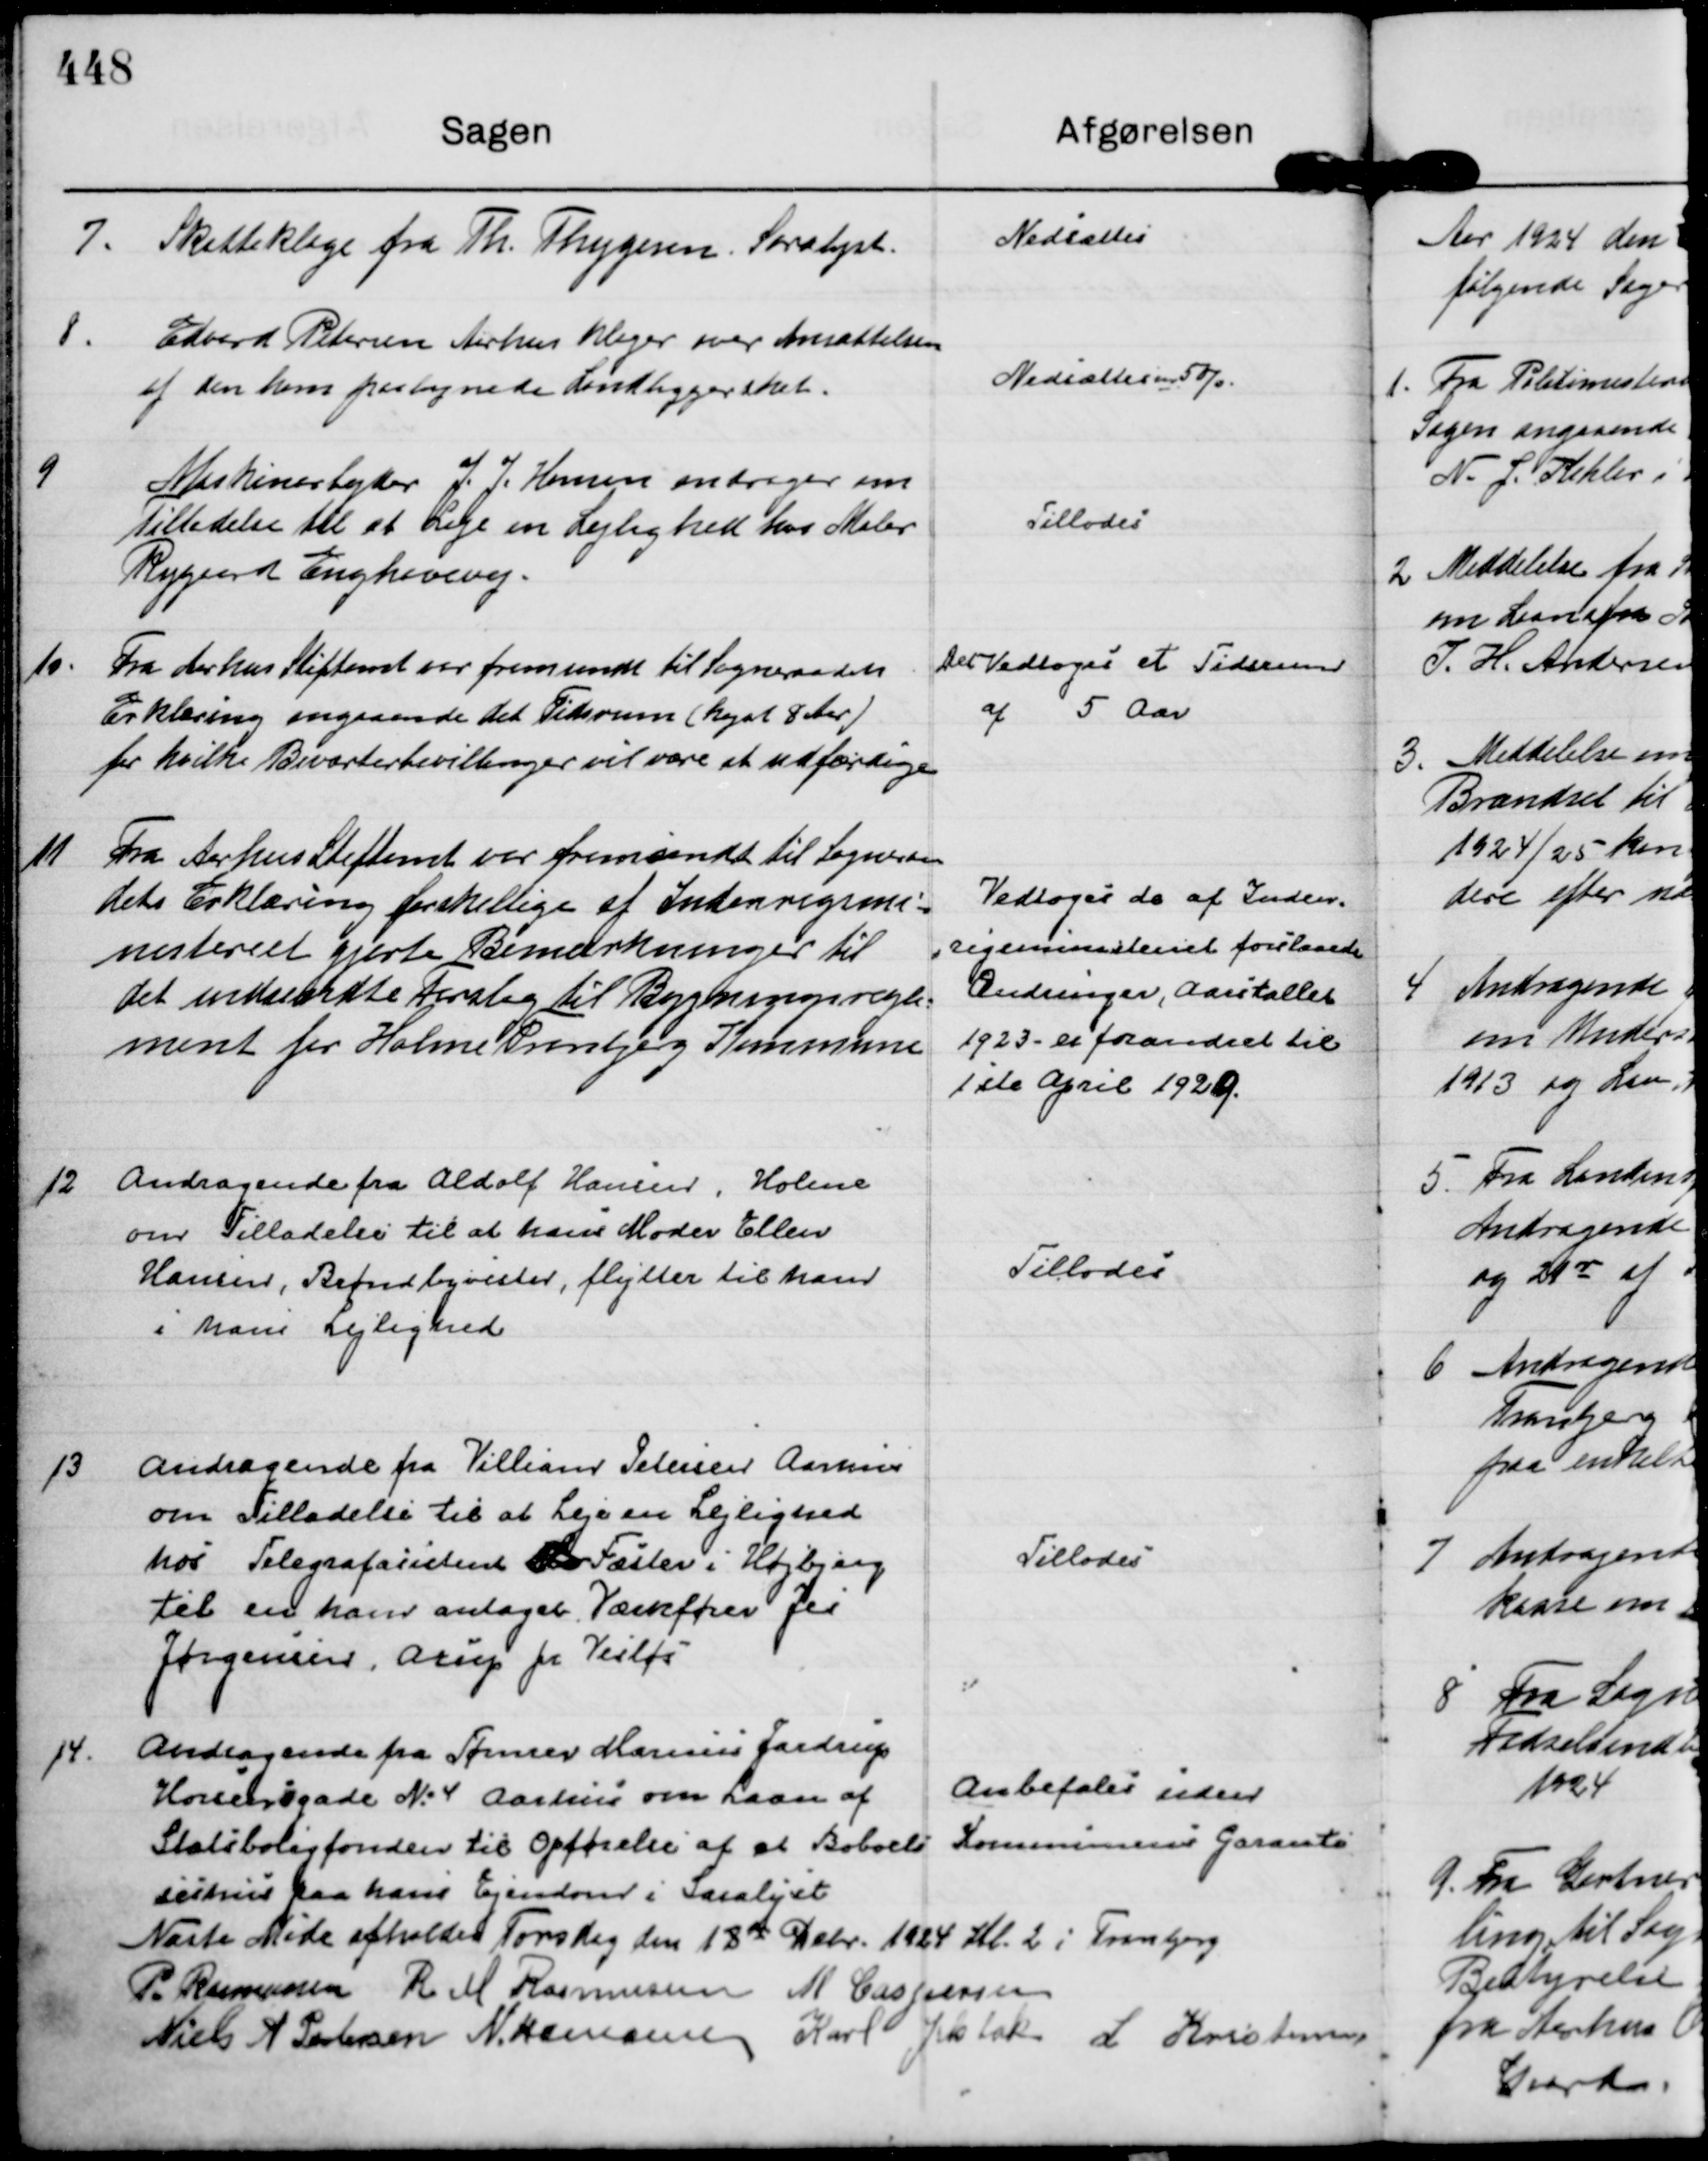
Transskription:
7.
Skatteklage fra Th. Thygesen, Saralyst.

Nedsættes

8.
Edvard Pedersen Aarhus klager over Ansættelsen
af den ham paalignede Landbyggerskat.

Nedsættes m 5%.

9
Maskinarbejder J. J. Hansen andrager om
Tilladelse til at Leje en Lejlighed hos Maler
Rygaard Enghavevej.

Tillodes

10.
Fra Aarhus Stiftamt var fremsendt til Sogneraadets
Erklæring angaaende det Tidsrum ( højst 8 Aar )
for hvilke Beværterbevillinger vil være at udfærdige

Det Vedtoges et Tidsrum
af 5 Aar

11
Fra Aarhus Stiftamt var fremsendt til Sogneraa-
dets Erklæring forskellige af Indenrigsmi=
nisteriet gjorte Bemærkninger til
det indsendte Forslag til Bygningsregle=
ment for Holme Tranbjerg Kommune

Vedtoges de af Inden=
" rigsministeriet foreslaaede
Ændringer, Aarstallet
1923 - er forandret til
1 ste April 1929.

12
Andragende fra Aldorf Hansen, Holme
om Tilladelse til at hans Moder Ellen
Hansen, Brøndbyvester, flytter til ham
i hans Lejlighed

Tillodes

13
Andragende fra Villiam Petersen Aarhus
om Tilladelse til at Leje en Lejlighed
hos Telegrafasistent  Fæster i Højbjerg
til en ham antaget Værkfører Jes
Jørgensen, Arup pr Vesløs

Tillodes

14.
Andragende fra Tømrer Marius Jardrup
Horsensgade N: 4 Aarhus om Laan af
Statsboligfonden til Opførelse af et Beboels
seshus paa hans Ejendom i Saralyst

Anbefales uden
Kommunens Garanti

Næste Møde afholdes Torsdag den 18 de Dcbr. 1924 Kl. 2 i Tranbjerg
P. Rasmussen
R M Rasmussen
M Caspersen
Niels A Pedersen
N. Hamann
Karl Jelsbak
L Kristensen